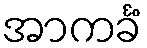
အာကင်္ခံ